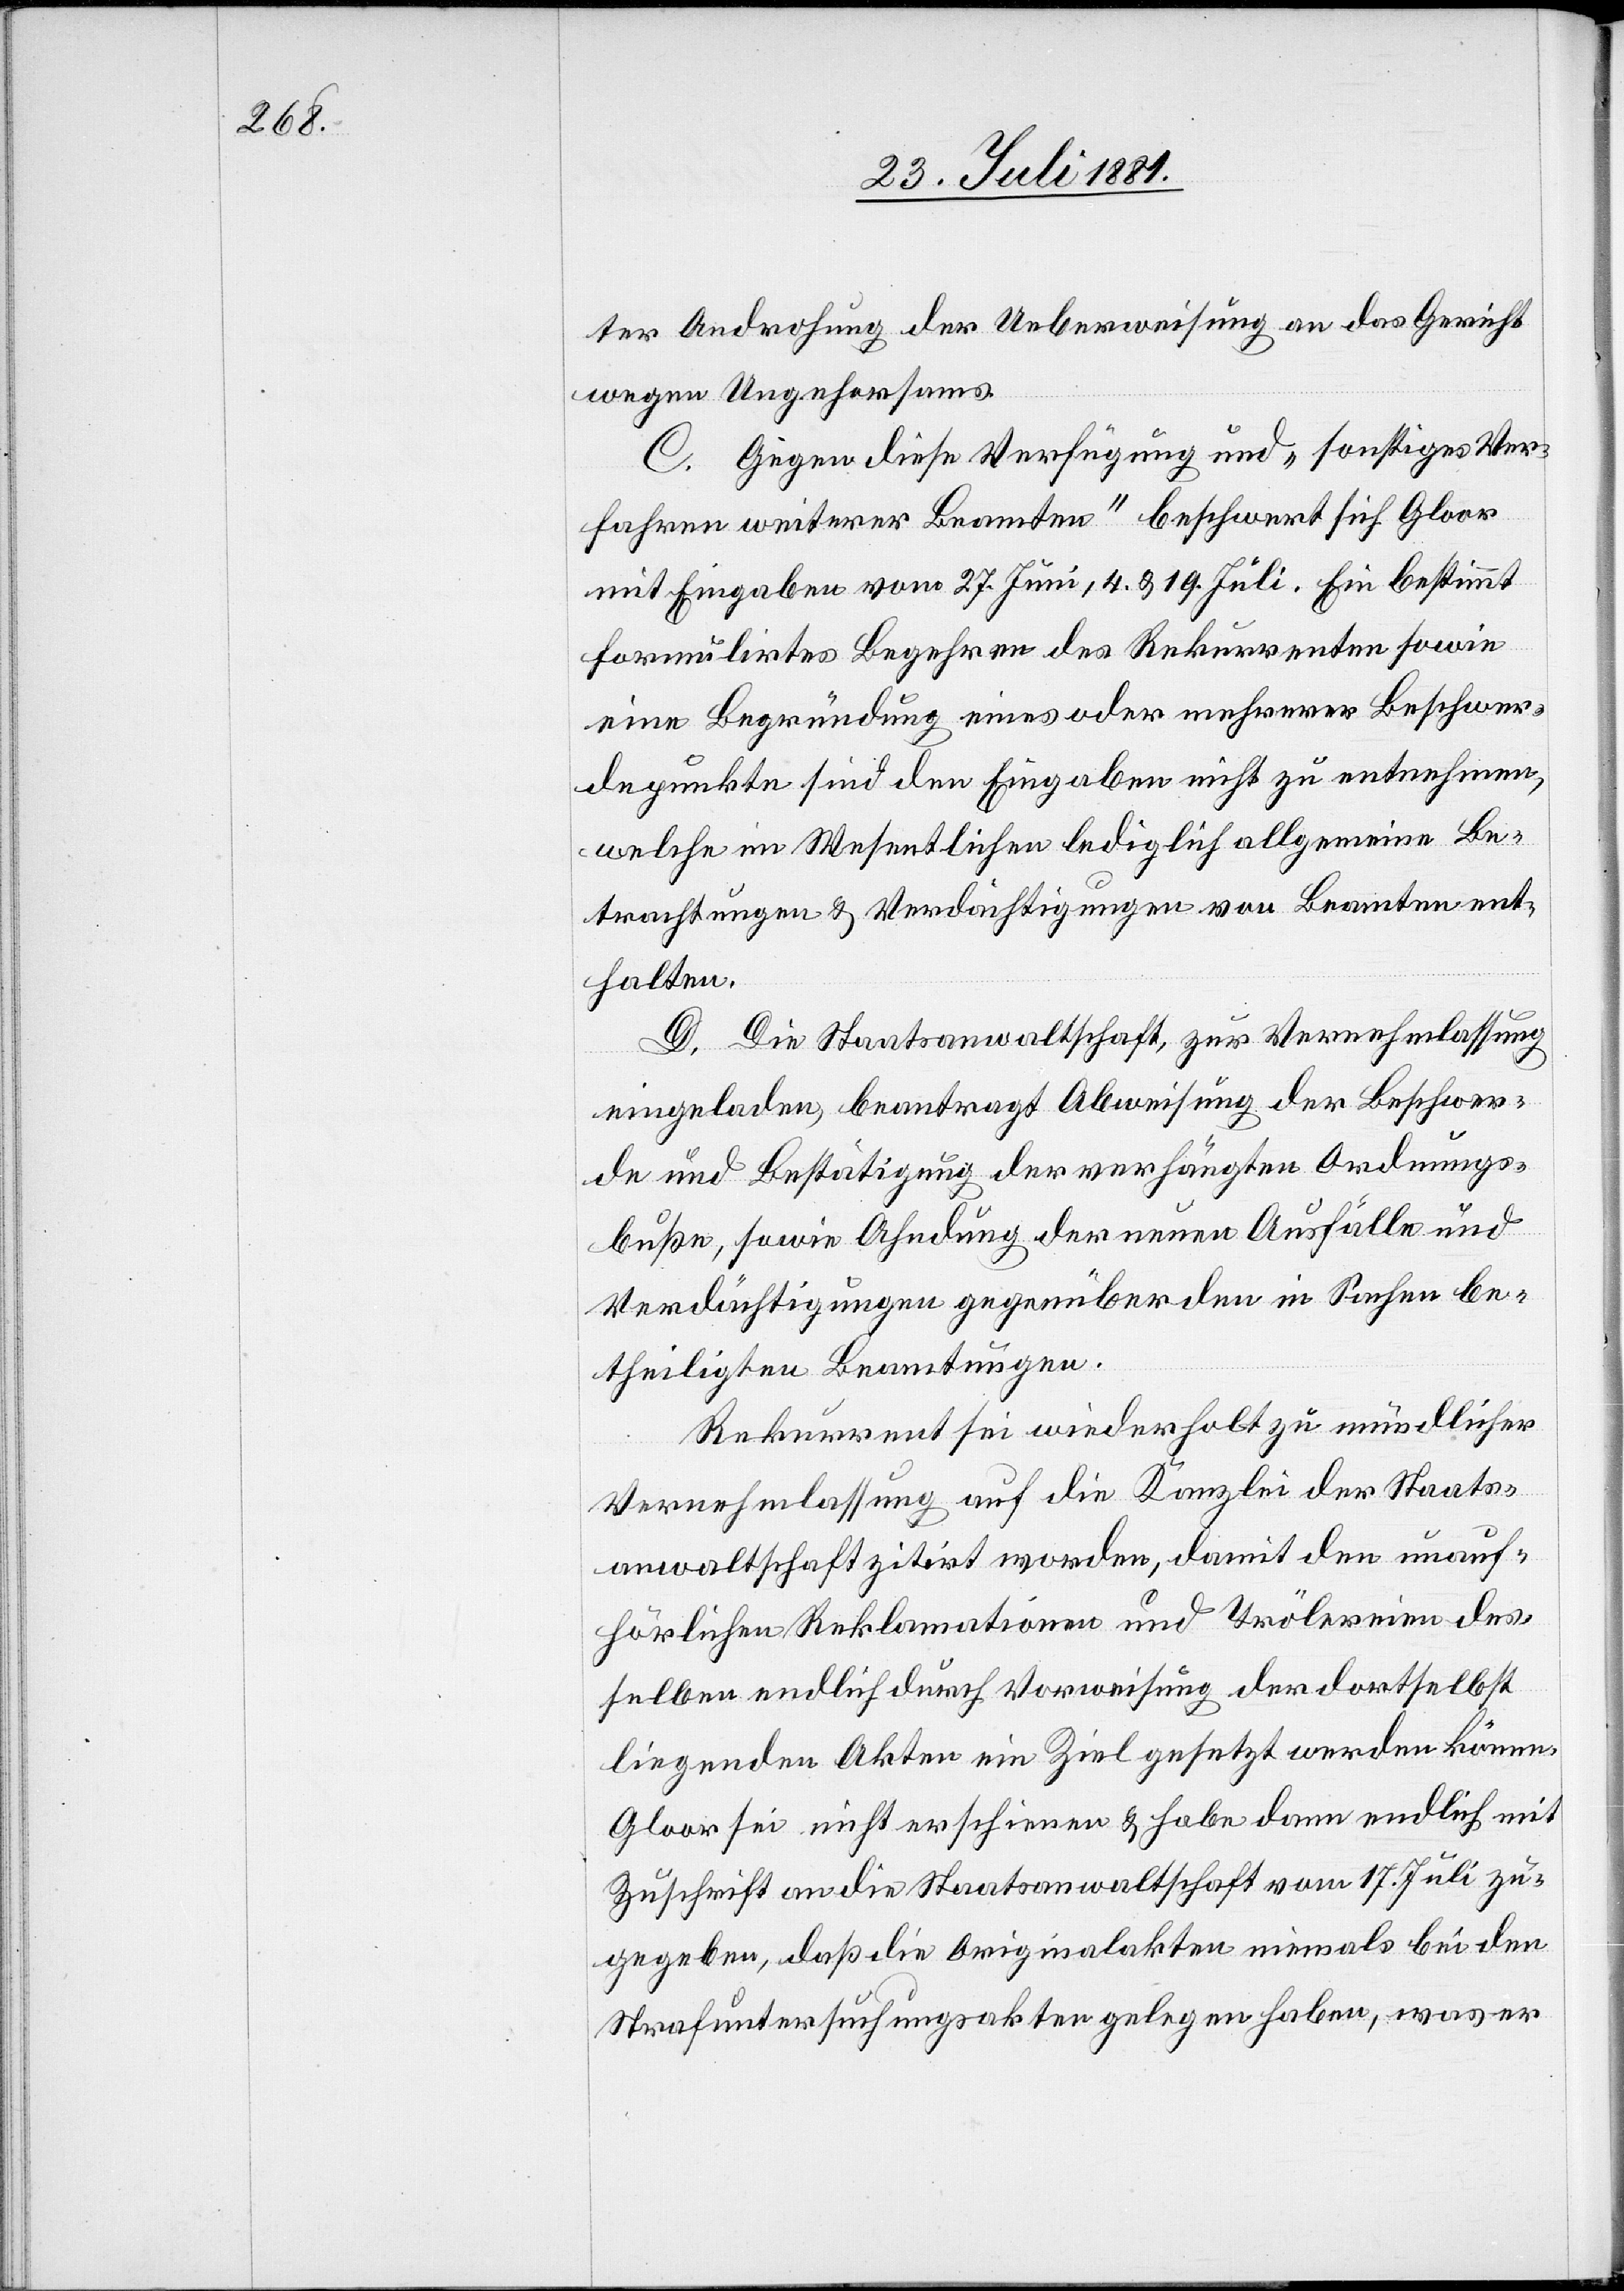
ter Androhung der Ueberweisung an das Gericht
wegen Ungehorsams.
C. Gegen diese Verfügung und „sonstiges Ver¬
fahren weiterer Beamten“ beschwert sich Gloor
mit Eingaben vom 27. Juni, 4. & 19. Juli. Ein bestimmt
formulirtes Begehren des Rekurrenten sowie
eine Begründung eines oder mehrerer Beschwer¬
depunkte sind den Eingaben nicht zu entnehmen,
welche im Wesentlichen lediglich allgemeine Be¬
trachtungen & Verdächtigungen von Beamten ent¬
halten.
D. Die Staatsanwaltschaft, zur Vernehmlassung
eingeladen, beantragt Abweisung der Beschwer¬
de und Bestätigung der verhängten Ordnungs¬
bußen, sowie Ahndung der neuen Ausfälle und
Verdächtigungen gegenüber den in Sachen be¬
theiligten Beamtungen.
Rekurrent sei wiederholt zu mündlicher
Vernehmlassung auf die Kanzlei der Staats¬
anwaltschaft zitirt worden, damit den unauf¬
hörlichen Reklamationen und Trölereien des¬
selben endlich durch Vorweisung der dortselbst
liegenden Akten ein Ziel gesetzt werden könne.
Gloor sei nicht erschienen & habe dann endlich mit
Zuschrift an die Staatsanwaltschaft vom 17. Juli zu¬
gegeben, daß die Originalakten niemals bei den
Strafuntersuchungsakten gelegen haben, was er